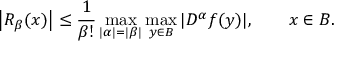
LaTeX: \left| R _ { \beta } ( { \boldsymbol { x } } ) \right| \leq { \frac { 1 } { \beta ! } } \operatorname* { m a x } _ { | \alpha | = | \beta | } \operatorname* { m a x } _ { { \boldsymbol { y } } \in B } | D ^ { \alpha } f ( { \boldsymbol { y } } ) | , \qquad { \boldsymbol { x } } \in B .